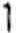
1